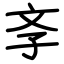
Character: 斈